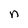
Character: n